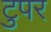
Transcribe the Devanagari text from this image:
टुपर